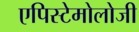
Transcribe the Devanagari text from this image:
एपिस्टेमोलोजी